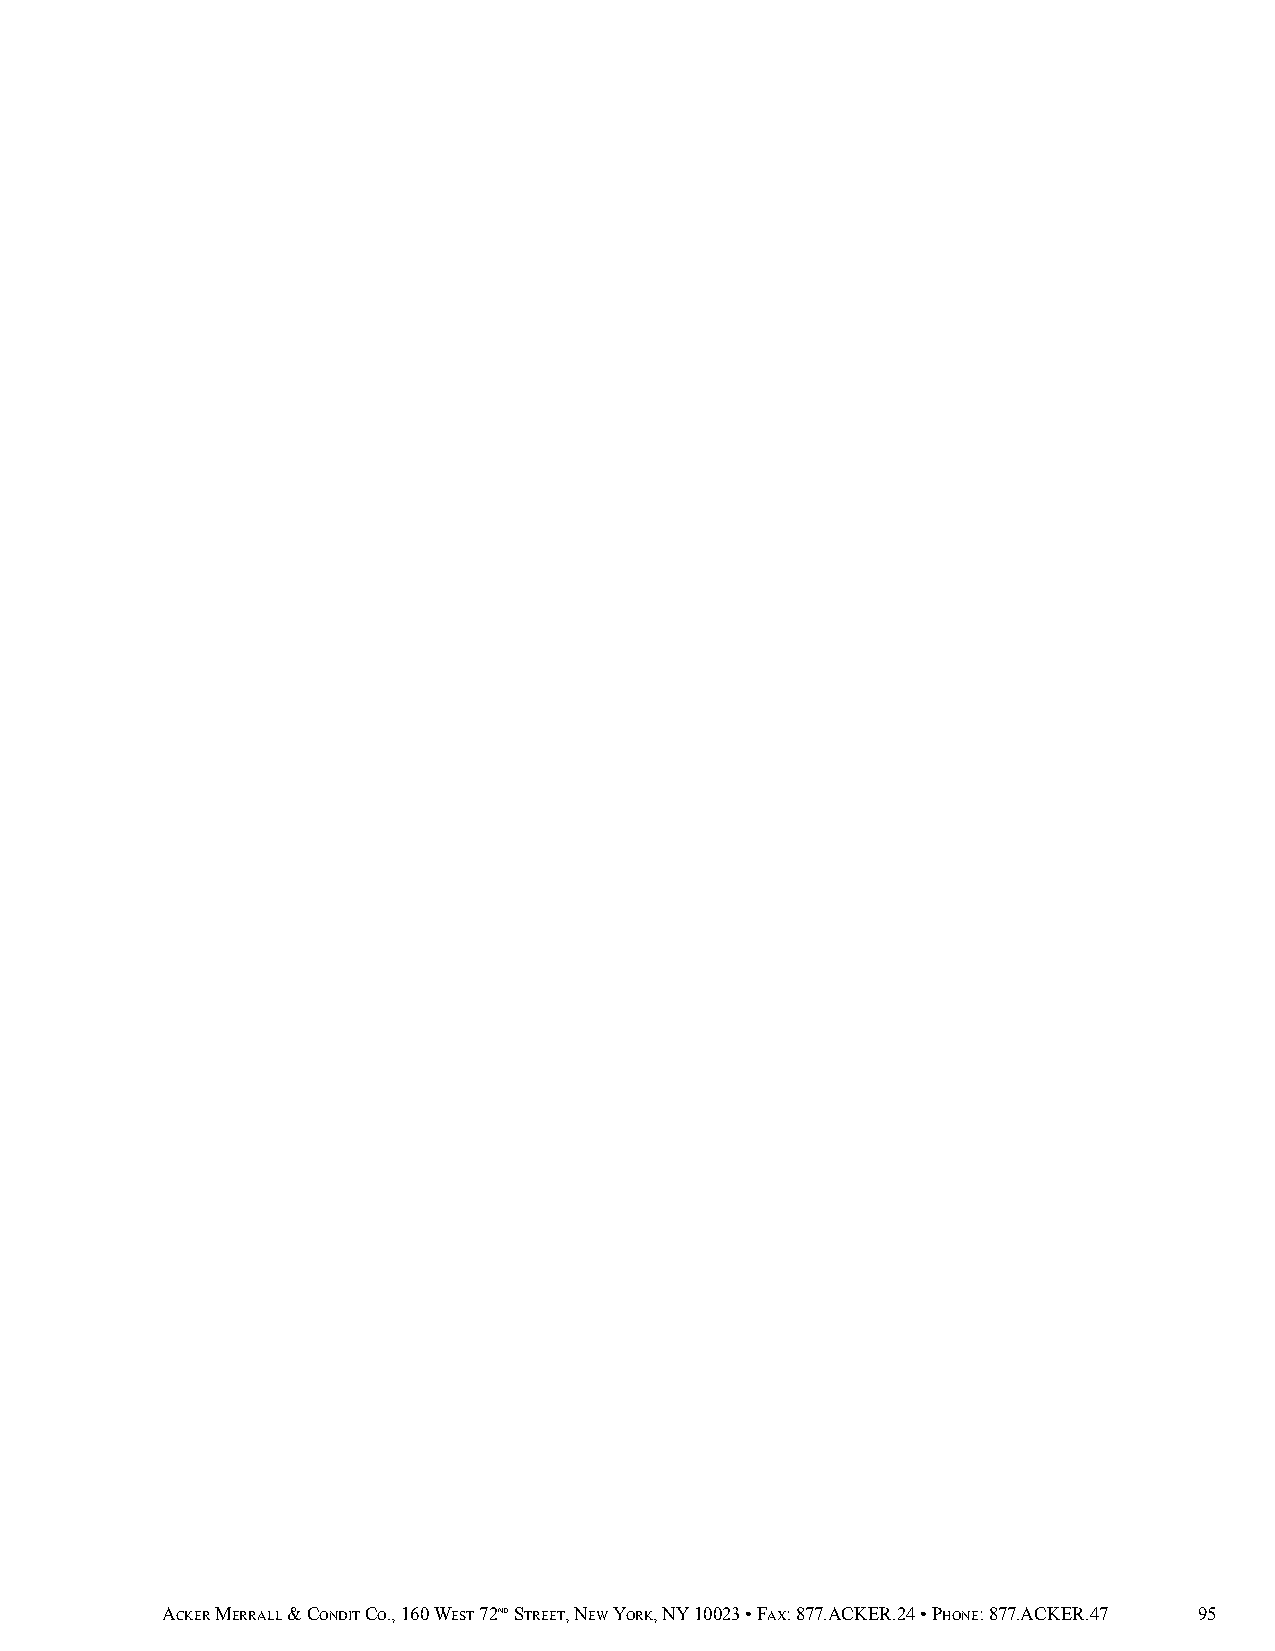
ACKER MERRALL & CONDIT CO., 160 WEST 72ND STREET, NEW YORK, NY 10023 • FAX: 877.ACKER.24 • PHONE: 877.ACKER.47 95